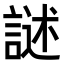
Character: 𮘣